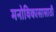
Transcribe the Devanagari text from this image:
मनोविकासासाठी